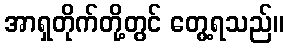
အာရှတိုက်တို့တွင် တွေ့ရသည်။